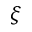
\xi